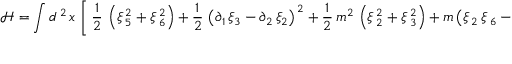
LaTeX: \mathcal { H } = \int d ^ { \, 2 } \, x \, \left[ \, \frac { 1 } { 2 } \, \left( \xi \, _ { 5 } ^ { 2 } + \xi \, _ { 6 } ^ { 2 } \right) + \frac { 1 } { 2 } \, \left( \partial _ { 1 } \, \xi _ { 3 } - \partial _ { 2 } \, \xi _ { 2 } \right) ^ { \, 2 } + \frac { 1 } { 2 } \, m ^ { 2 } \, \left( \xi \, _ { 2 } ^ { 2 } + \xi \, _ { 3 } ^ { 2 } \right) + m \left( \xi \, _ { 2 } \, \xi \, _ { 6 } - \xi \, _ { 3 } \, \xi \, _ { 5 } \right) \right] ;